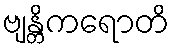
ဗျန္တိကရောတိ